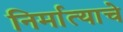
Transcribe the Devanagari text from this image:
निर्मात्याचे